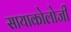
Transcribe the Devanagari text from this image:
सायाकोलोजी